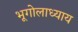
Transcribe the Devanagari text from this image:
भूगोलाध्याय